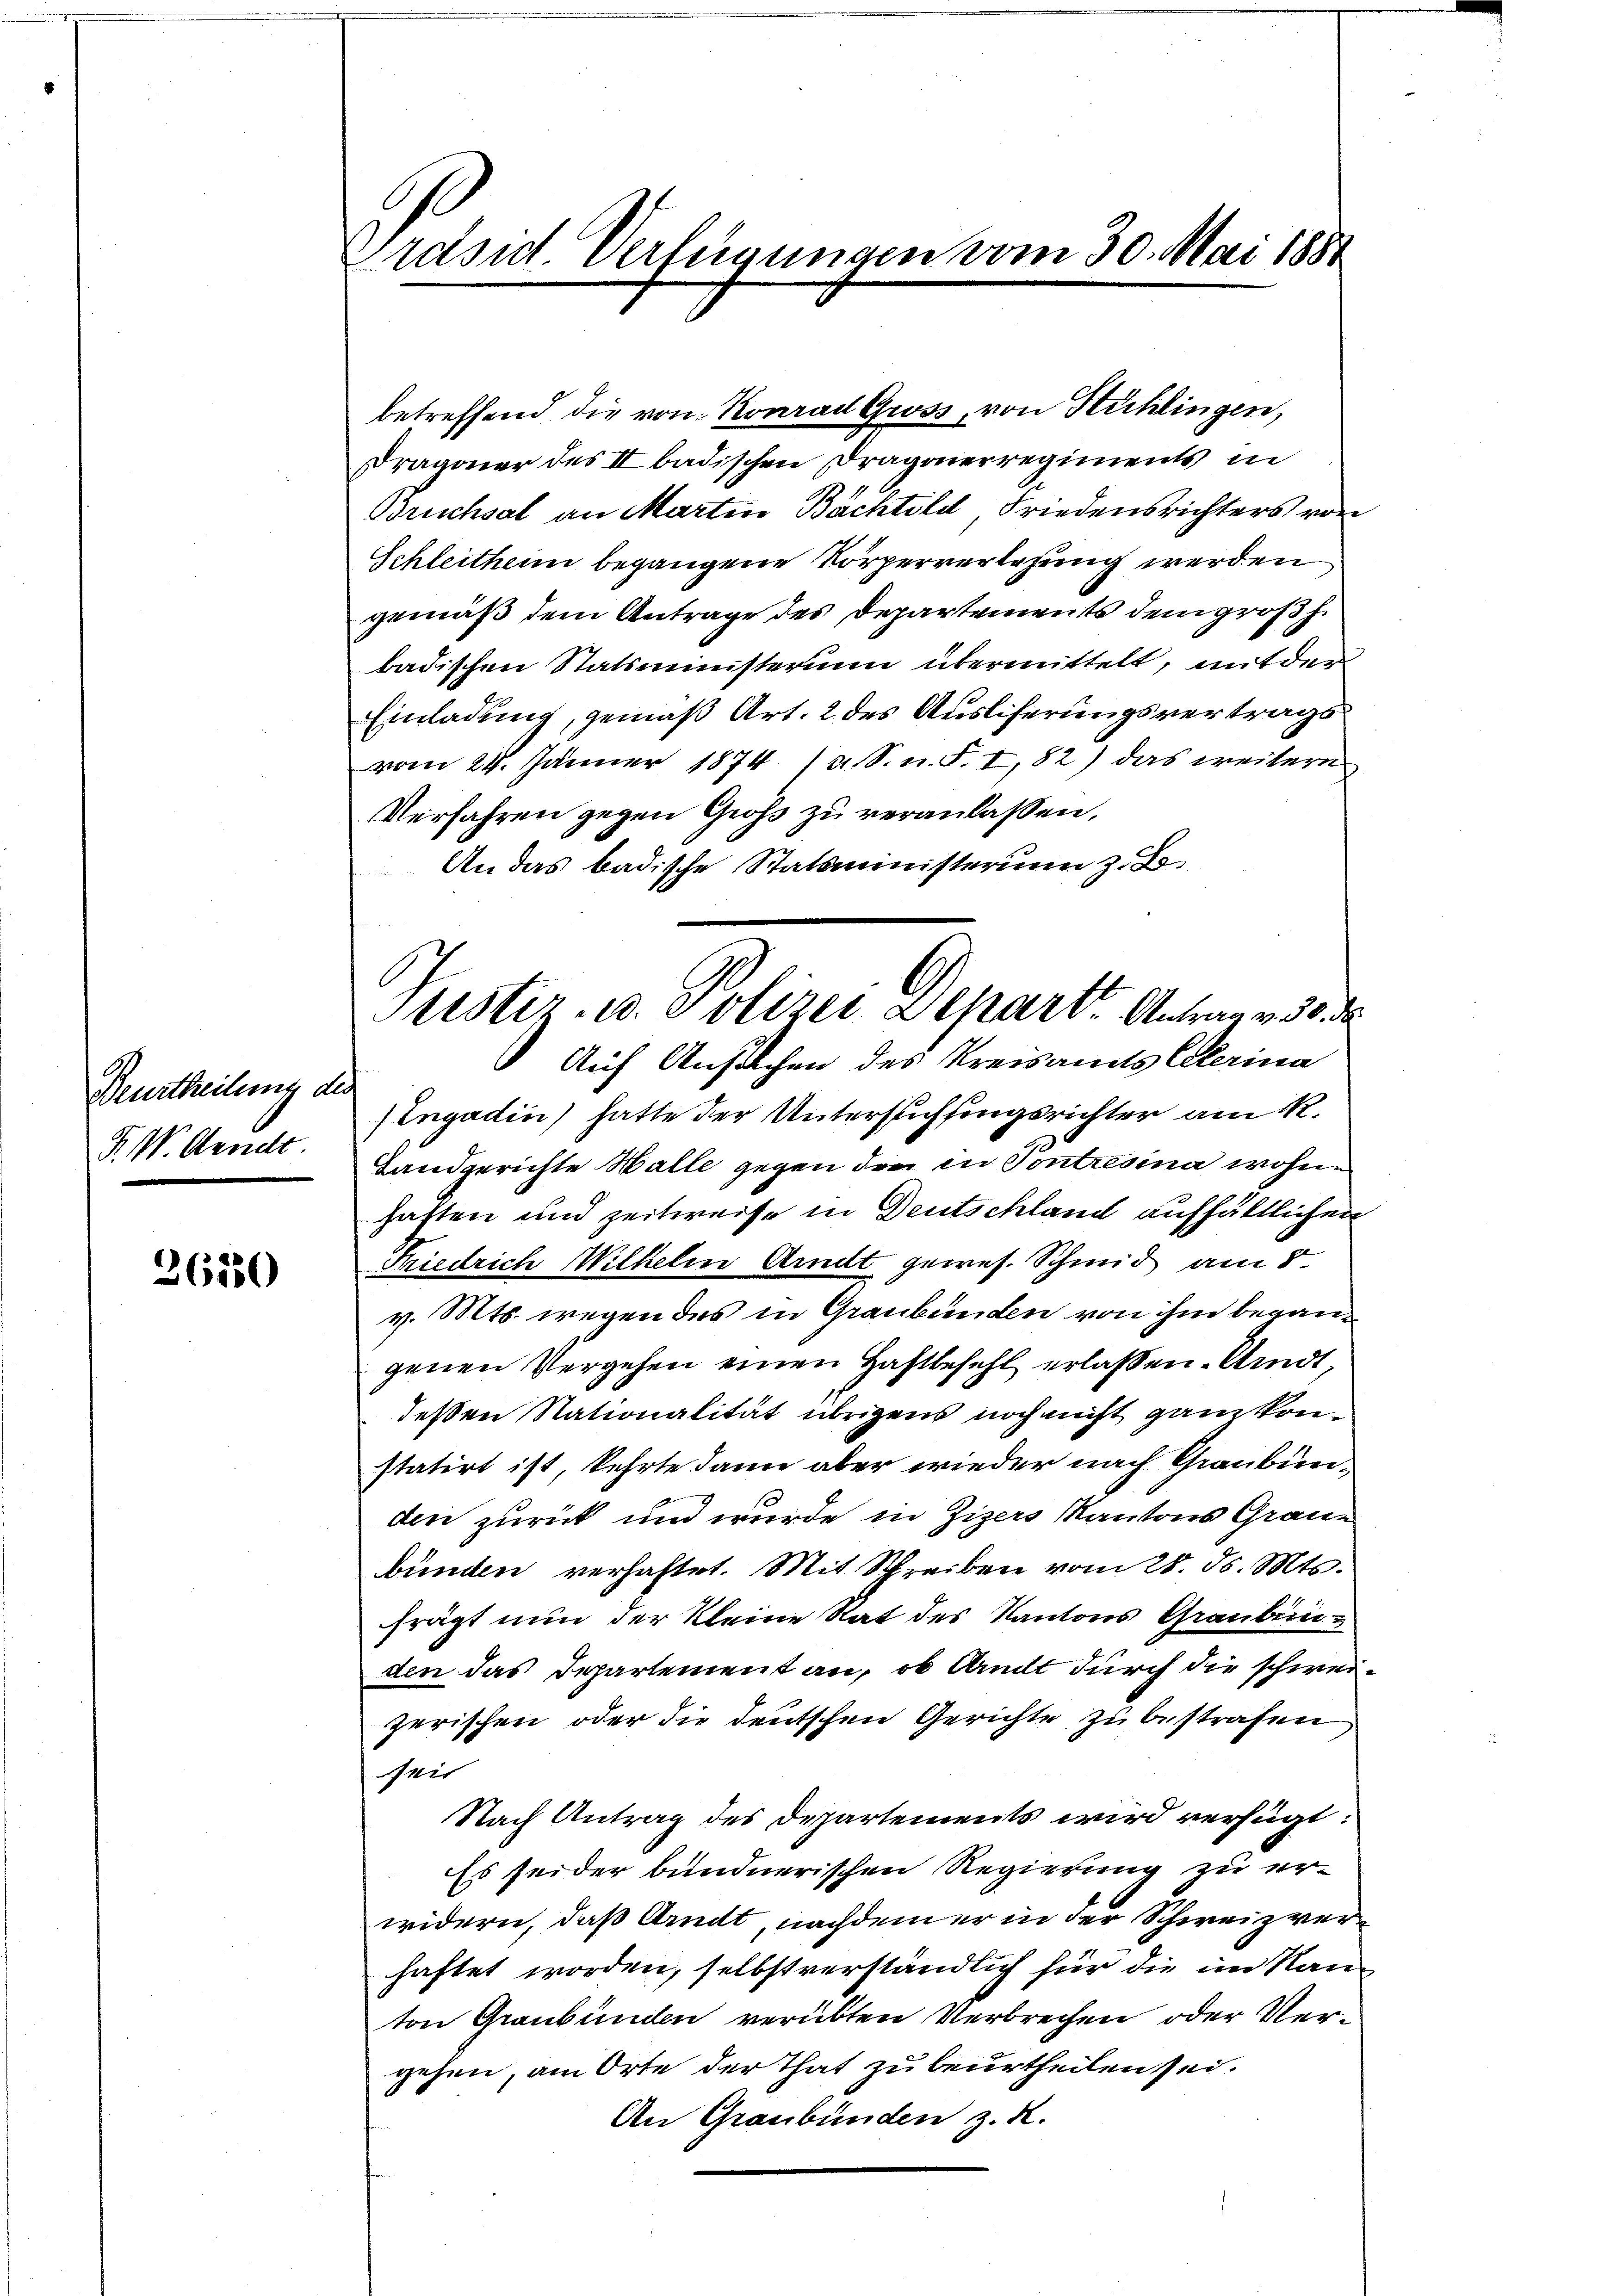
Beurtheilung des
F. W. Wendt

26250

Ordsuch Verfügungen vom 30. Mai 1881

betreffend die von Konrad Gwss, von Hühlingen,
Dragoner des II badischen Dragonerregiments in
Bruchsal an Martin Bachtold, Friedensrichters von
Schleitheim begangene Körperverlesung werden
gemäß dem Antrage des Departements dem großh.
badischen Statsministerium übermittelt, mit der
Einladung, gemäß Art. 2 des Ausliferungsvertrags
vom 24. Jänner 1874 (a. S. n. F. I, 82) das weitere
Verfahren gegen Groß zu veranlassen,
An das badische Statsministerium z. B.
Auf Ansuchen des Kreisamts Ceterina
(Engadin) hatte der Untersuchungsrichter am 1.
Landgerichte Walle gegen den in Contresina wohnhaften und zeitweise in Deutschland aufhältlichen
Striedrich Wilhelm Amt gewes. Schmid am 8.
v. Mts. wegen des in Graubünden von ihm begann
genen Vergehen einen Haftbefehl erlaßen. Undt,
deßen Nationalität übrigens noch nicht ganzkonstatirt ist, kehrte dann aber wieder nach Graubünden zurück und wurde in Zizers Kantons Graue
bünden verhaftet. Mit Schreiben vom 28. d. Mts.
frägt nun der kleine Rat des Kantons Graubünden das Departement an, ob Amt durch die schweizerischen oder die deutschen Gerichte zu bestrafen
seit
Nach Antrag des Departements wird verfügt:
Es seider bundnerischen Regierung zu er-
widern, daß Arndt, nachdem er in der Schweiz verhaftet worden, selbstverständlich für die im Kanton Graubünden verübten Verbrechen oder Vergehen, am Orte der That zu beurtheilen sei.
An Graubünden z. R.

Pristiz- u. Polizei separt. Antrag v. 30. d.